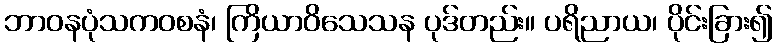
ဘာဝနပုံသကဝစနံ၊ ကြိယာဝိသေသန ပုဒ်တည်း။ ပရိညာယ၊ ပိုင်းခြား၍